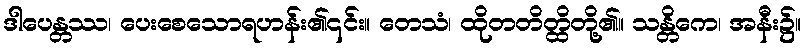
ဒါပေန္တဿ၊ ပေးစေသောရဟန်း၏၎င်း။ တေသံ၊ ထိုတတိတ္ထိတို့၏။ သန္တိကေ၊ အနီး၌။